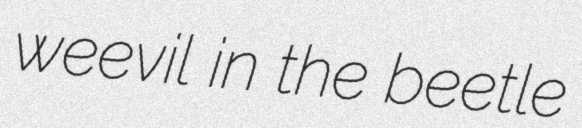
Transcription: weevil in the beetle